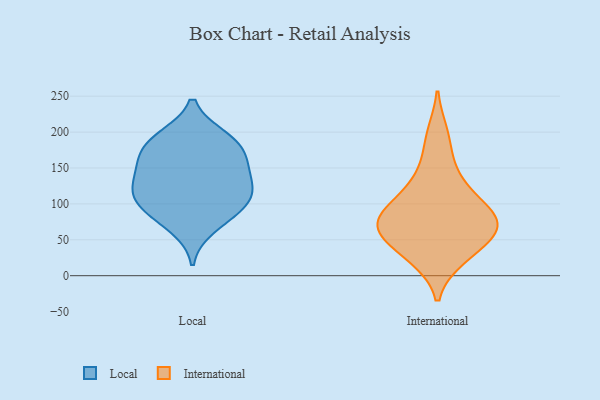
{"axis": {"x": "Tickets Resolved", "y": "Value"}, "legend": ["International", "Local"], "data": [{"x": "", "y": 135, "type": "Local"}, {"x": "", "y": 194, "type": "Local"}, {"x": "", "y": 101, "type": "Local"}, {"x": "", "y": 158, "type": "Local"}, {"x": "", "y": 115, "type": "Local"}, {"x": "", "y": 66, "type": "Local"}, {"x": "", "y": 92, "type": "Local"}, {"x": "", "y": 169, "type": "Local"}, {"x": "", "y": 120, "type": "Local"}, {"x": "", "y": 194, "type": "Local"}, {"x": "", "y": 125, "type": "Local"}, {"x": "", "y": 89, "type": "Local"}, {"x": "", "y": 181, "type": "Local"}, {"x": "", "y": 155, "type": "Local"}, {"x": "", "y": 57, "type": "International"}, {"x": "", "y": 25, "type": "International"}, {"x": "", "y": 23, "type": "International"}, {"x": "", "y": 122, "type": "International"}, {"x": "", "y": 57, "type": "International"}, {"x": "", "y": 75, "type": "International"}, {"x": "", "y": 82, "type": "International"}, {"x": "", "y": 92, "type": "International"}, {"x": "", "y": 84, "type": "International"}, {"x": "", "y": 119, "type": "International"}, {"x": "", "y": 53, "type": "International"}, {"x": "", "y": 160, "type": "International"}, {"x": "", "y": 199, "type": "International"}, {"x": "", "y": 70, "type": "International"}]}